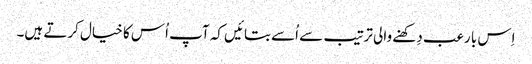
اِس با رعب دِکھنے والی ترتیب سے اُسے بتائیں کہ آپ اُس کا خیال کرتے ہیں۔